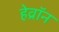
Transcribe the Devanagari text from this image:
हेव्रॉन